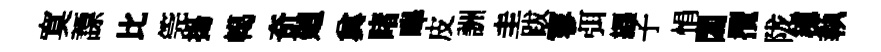
寞謤比筦揚轕奇廻兾睹嗥皮詶圭跋寥弭纒子悁閟攬陇穂執